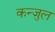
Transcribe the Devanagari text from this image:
कन्जुल